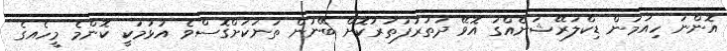
އޮންނަ ހިއުމަން ޑިކްލަރޭޝަނެއްގަ އޮވޭ ދަތުރުފަތުރުކޮށް ބޭނުން ތަނަކަށްގޮސްވެ އުޅުމަކީ ކޮންމެ މީހެއގެ